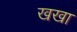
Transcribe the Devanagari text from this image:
खखा